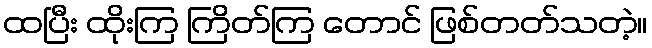
ထပြီး ထိုးကြ ကြိတ်ကြ တောင် ဖြစ်တတ်သတဲ့။